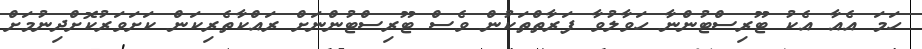
ހަމަ އެއާ އެކު ޓޫރިސްޓުންނާ ހަވާލުވާ ފަރާތްތަކުން ވެސް ޓޫރިސްޓުންނަށް ރައްކާތެރިކަން ކަށަވަރުކޮށްދިނުމަށް